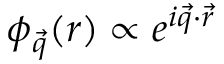
\phi _ { \vec { q } } ( \boldsymbol { r } ) \propto e ^ { i \vec { q } \cdot \vec { r } }